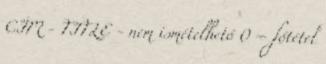
CÍM - TITLE - nem ismételhető 0 – főtétel